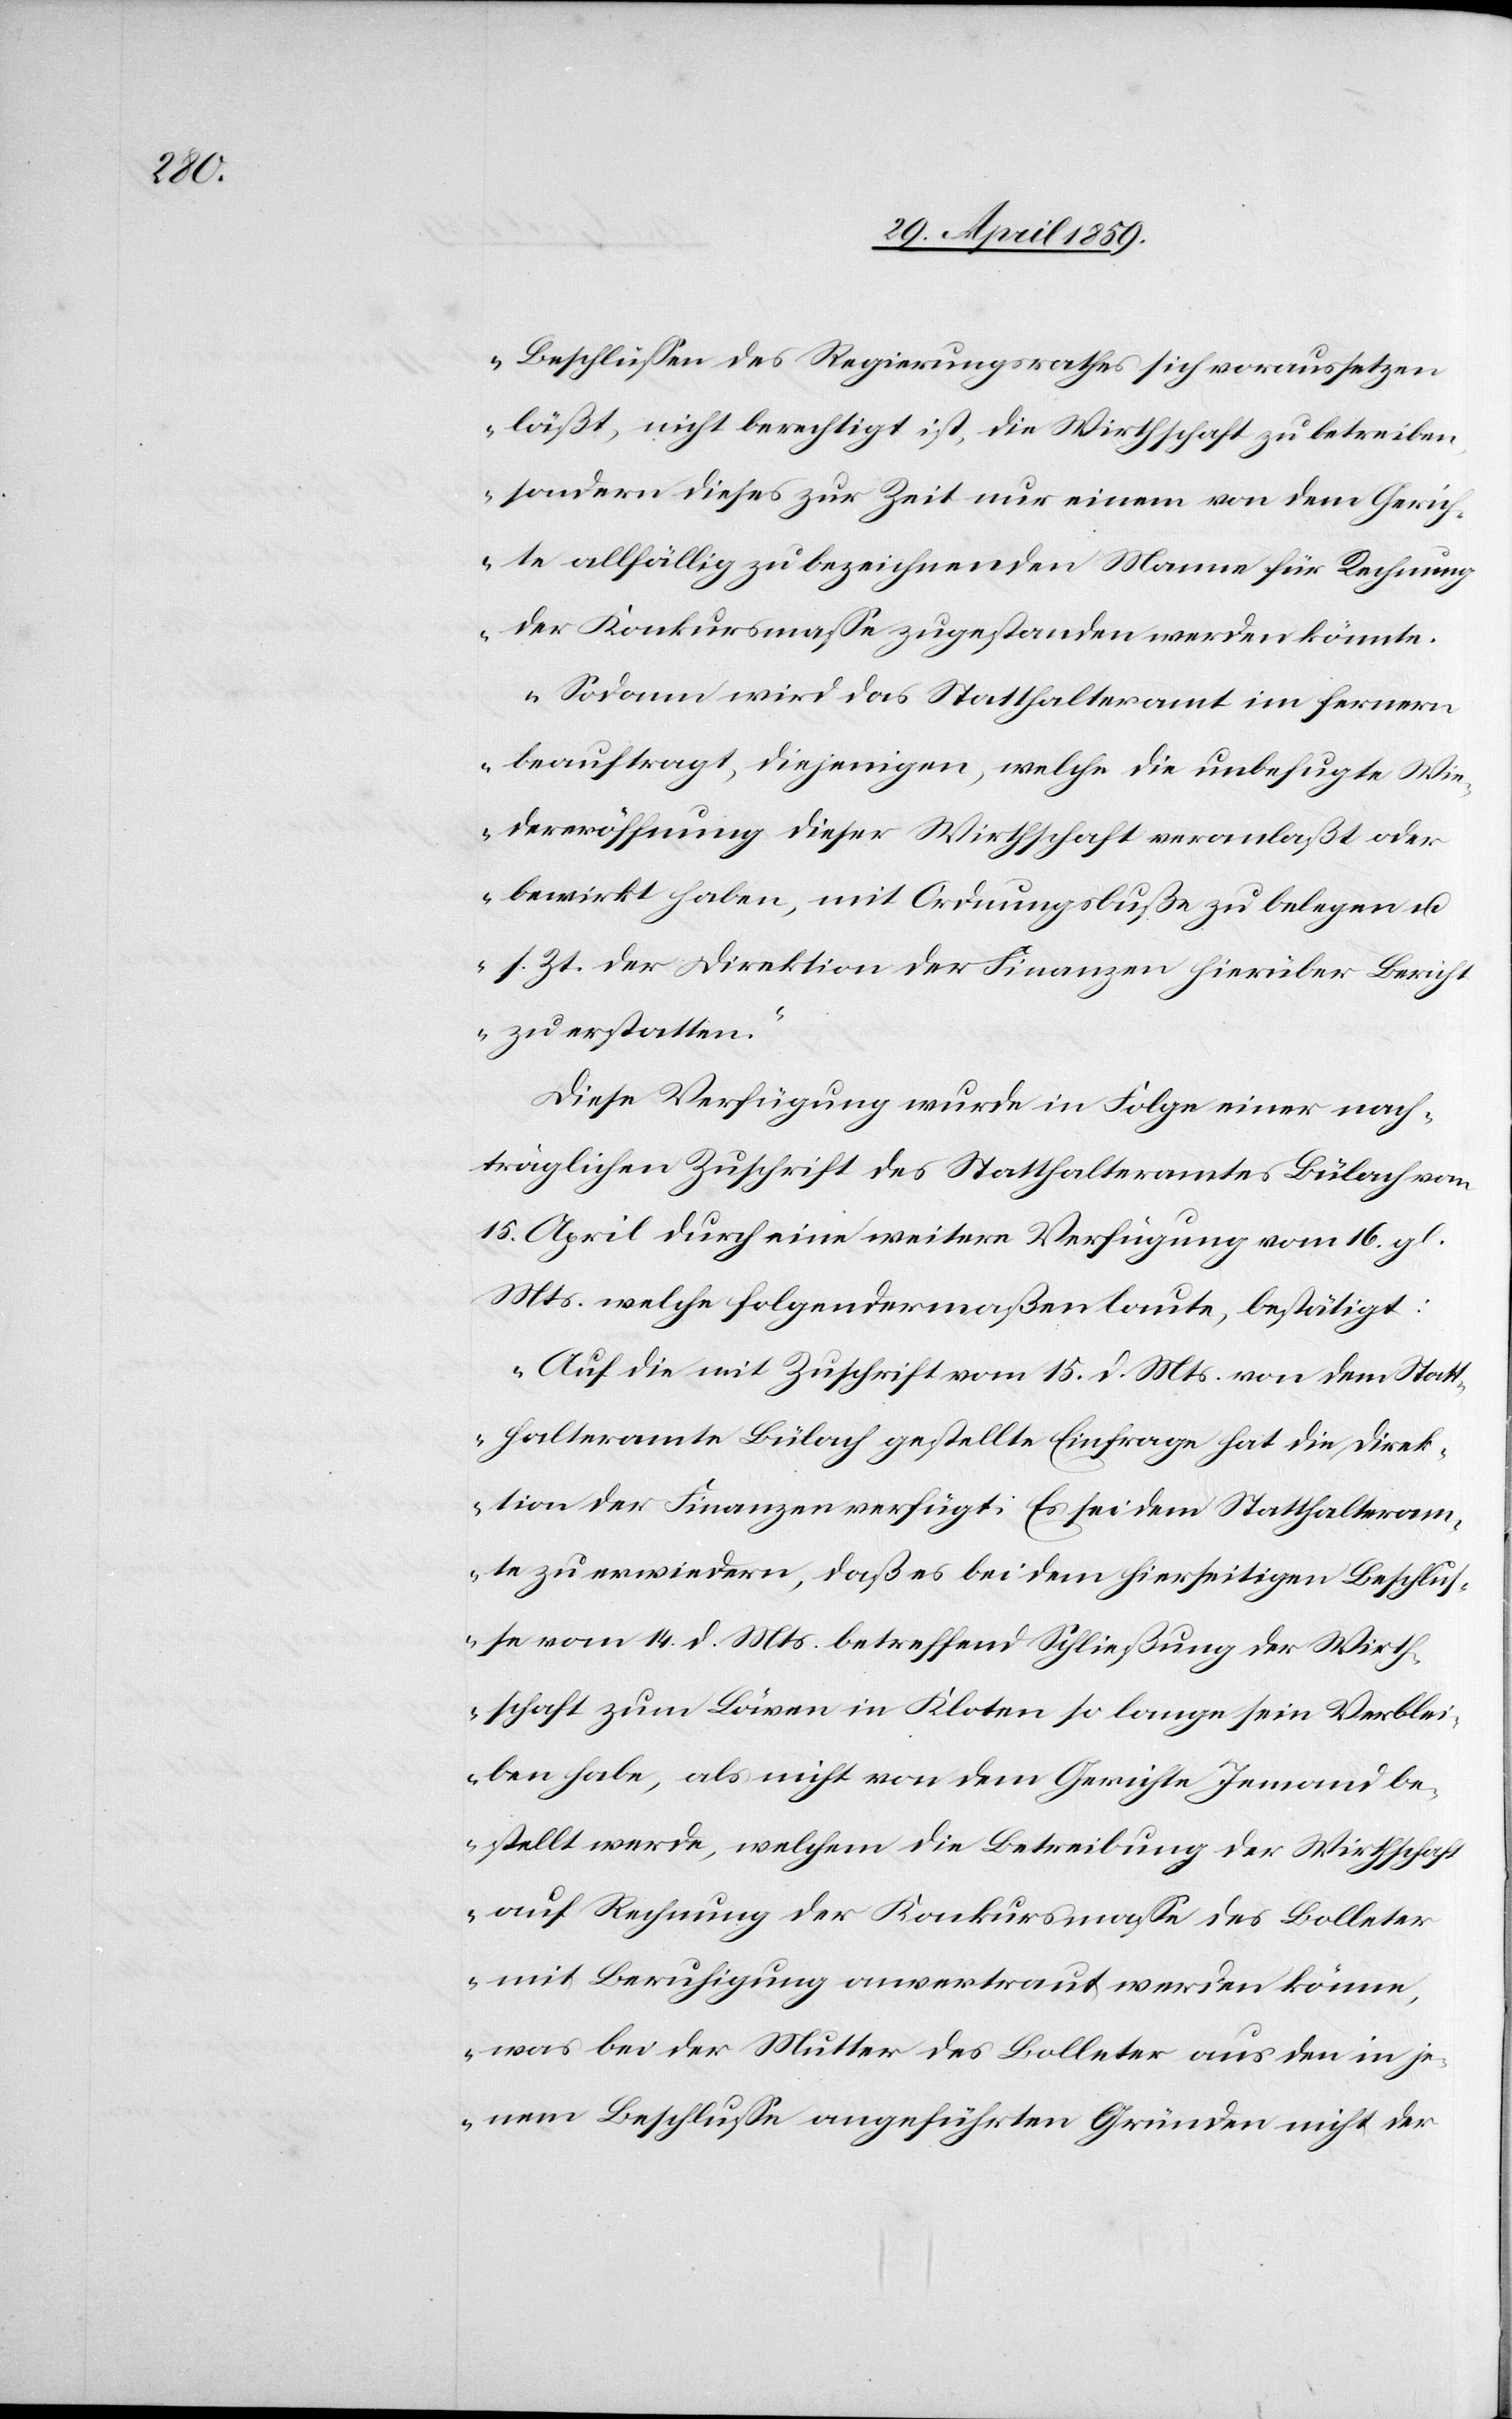
Beschlüßen des Regierungsrathes sich voraussetzen
läßt, nicht berechtigt ist, die Wirthschaft zu betreiben,
sondern dieses zur Zeit nur einem von dem Gerich¬
te allfällig zu bezeichnenden Manne für Rechnung
der Konkursmaße zugestanden werden könnte.
Sodann wird das Statthalteramt im fernern
beauftragt, diejenigen, welche die unbefugte Wie¬
dereröffnung dieser Wirthschaft veranlaßt oder
bewirkt haben, mit Ordnungsbuße zu belegen u.
s. Zt. der Direktion der Finanzen hierüber Berich¬
t zu erstatten“
Diese Verfügung wurde in Folge einer nach¬
träglichen Zuschrift des Statthalteramtes Bülach vom
15. April durch eine weitere Verfügung vom 16. gl.
Mts. welche folgendermaßen laute, bestätigt:
„Auf die mit Zuschrift vom 15. d. Mts. von dem Statt¬
halteramte Bülach gestellte Einfrage hat die Direk¬
tion der Finanzen verfügt: Es sei dem Statthalteram¬
te zu erwiedern, daß es bei dem hierseitigen Beschluß¬
e vom 14. d. Mts. betreffend Schließung der Wirth¬
schaft zum Löwen in Kloten so lange sein Verblei¬
ben habe, als nicht von dem Gericht Jemand be¬
stellt werde, welchem die Betreibung der Wirthschaft
auf Rechnung der Konkursmaße des Bolleter
mit Beruhigung anvertraut werden könne,
was bei der Mutter des Bolleter aus den in je¬
nem Beschluße angeführten Gründen nicht der